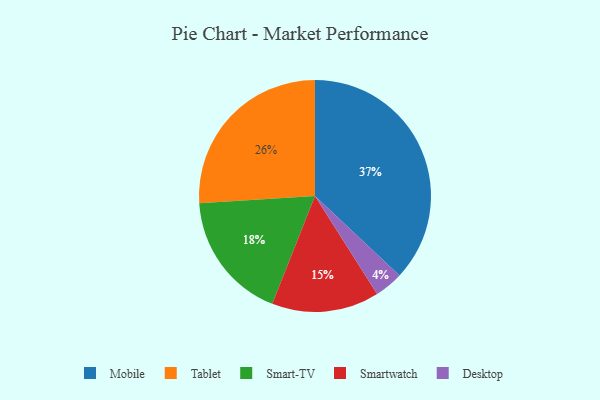
{"axis": {"x": "Category", "y": "Percentage"}, "legend": ["Desktop", "Mobile", "Smart-TV", "Smartwatch", "Tablet"], "data": [{"x": "Tablet", "y": 26, "type": "Tablet"}, {"x": "Mobile", "y": 37, "type": "Mobile"}, {"x": "Smartwatch", "y": 15, "type": "Smartwatch"}, {"x": "Smart-TV", "y": 18, "type": "Smart-TV"}, {"x": "Desktop", "y": 4, "type": "Desktop"}]}